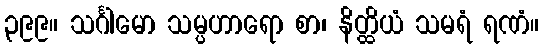
၃၉၉။ သင်္ဂါမော သမ္ပဟာရော စာ၊ နိတ္ထိယံ သမရံ ရဏံ။